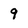
Character: 9